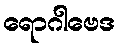
ရောဂါဗေဒ